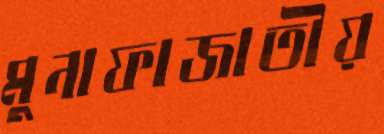
মুনাফাজাতীয়